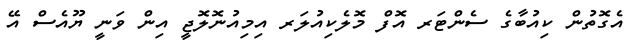
އެގޮތުން ކިއުބާގެ ސެންޓަރ އޮފް މޮލެކިއުލަރ އިމިއުނޮލޮޖީ އިން ވަނީ ޔޫއެސް އޭ